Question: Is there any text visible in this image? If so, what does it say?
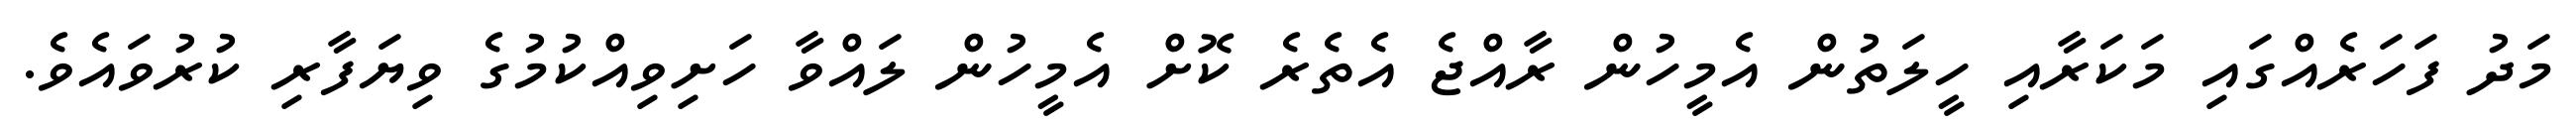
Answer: މަދު ފަހަރެއްގައި މަކަރާއި ހީލަތުން އެމީހުން ރާއްޖެ އެތެރެ ކޮށް އެމީހުން ލައްވާ ހަށިވިއްކުމުގެ ވިޔަފާރި ކުރުވައެވެ.